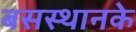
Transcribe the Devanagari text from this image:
बसस्थानके